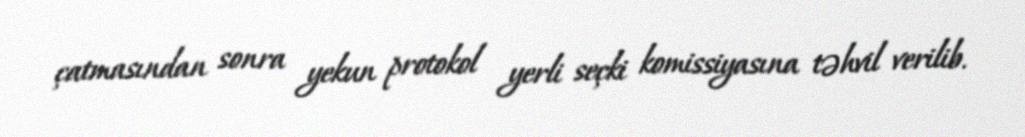
çatmasından sonra yekun protokol yerli seçki komissiyasına təhvil verilib.